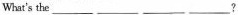
Whar's the___?